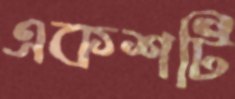
একশটি